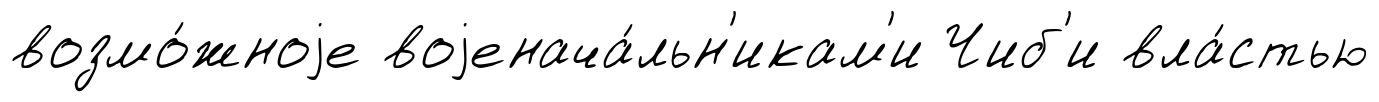
возмо́жноjе воjенача́льн'икам'и Чиб'и вла́стью